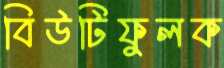
বিউটিফুলক